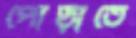
পোড়াতে